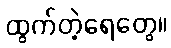
ထွက်တဲ့ရေတွေ။